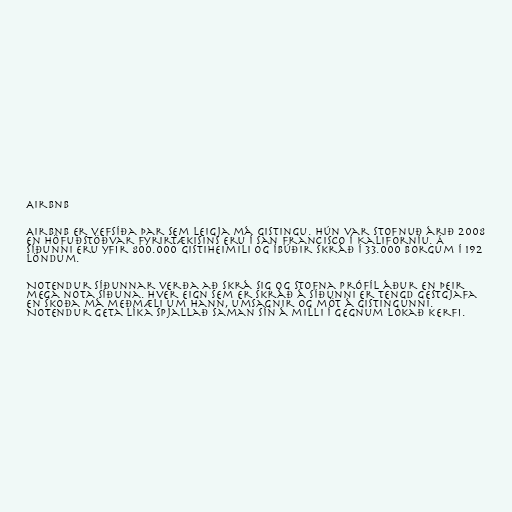
Airbnb

Airbnb er vefsíða þar sem leigja má gistingu. Hún var stofnuð árið 2008
en höfuðstöðvar fyrirtækisins eru í San Francisco í Kaliforníu. Á
síðunni eru yfir 800.000 gistiheimili og íbúðir skráð í 33.000 borgum í 192
löndum.

Notendur síðunnar verða að skrá sig og stofna prófíl áður en þeir
mega nota síðuna. Hver eign sem er skráð á síðunni er tengd gestgjafa
en skoða má meðmæli um hann, umsagnir og möt á gistingunni.
Notendur geta líka spjallað saman sín á milli í gegnum lokað kerfi.